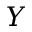
Y